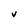
Character: V